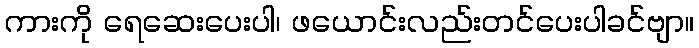
ကားကို ရေဆေးပေးပါ၊ ဖယောင်းလည်းတင်ပေးပါခင်ဗျာ။